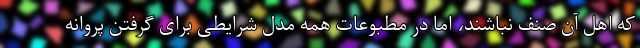
که اهل آن صنف نباشند، اما در مطبوعات همه مدل شرایطی برای گرفتن پروانه